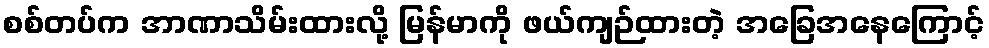
စစ်တပ်က အာဏာသိမ်းထားလို့ မြန်မာကို ဖယ်ကျဉ်ထားတဲ့ အခြေအနေကြောင့်